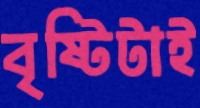
বৃষ্টিটাই